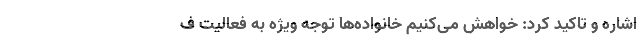
اشاره و تاکید کرد: خواهش می‌کنیم خانواده‌ها توجه ویژه به فعالیت ف